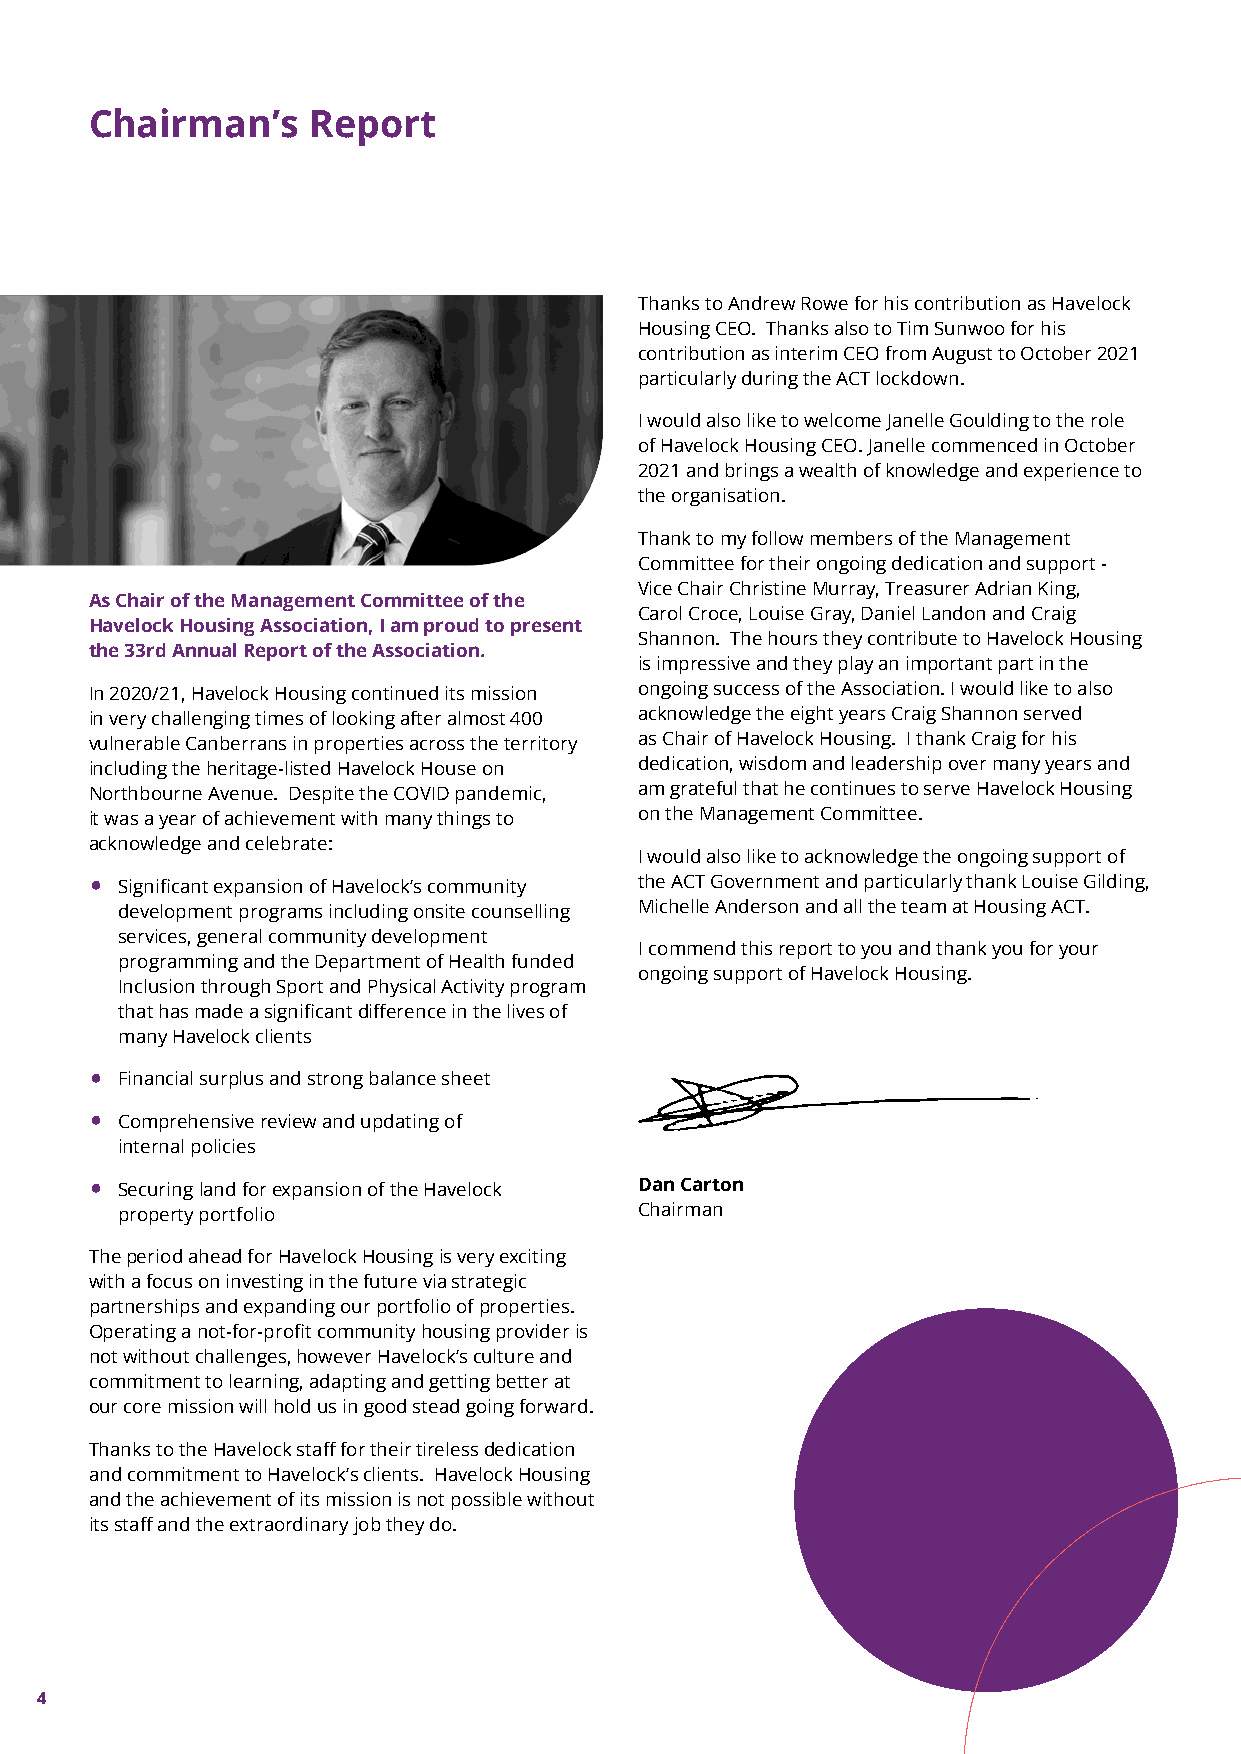
Chairman’s    Report
 Thanks to Andrew Rowe for his contribution as Havelock
 Housing CEO. Thanks also to Tim Sunwoo for his
 contribution as interim CEO from August to October 2021
 particularly during the ACT lockdown.
 I would also like to welcome Janelle Goulding to the role
 of Havelock Housing CEO. Janelle commenced in October
 2021 and brings a wealth of knowledge and experience to
 the organisation.
 Thank to my follow members of the Management
 Committee for their ongoing dedication and support -
 Vice Chair Christine Murray, Treasurer Adrian King,
 As Chair of the Management Committee of the
 Carol Croce, Louise Gray, Daniel Landon and Craig
 Havelock Housing Association, I am proud to present
 Shannon. The hours they contribute to Havelock Housing
 the 33rd Annual Report of the Association.
 is impressive and they play an important part in the
 In 2020/21, Havelock Housing continued its mission ongoing success of the Association. I would like to also
 in very challenging times of looking after almost 400 acknowledge the eight years Craig Shannon served
 vulnerable Canberrans in properties across the territory as Chair of Havelock Housing. I thank Craig for his
 including the heritage-listed Havelock House on dedication, wisdom and leadership over many years and
 Northbourne Avenue. Despite the COVID pandemic, am grateful that he continues to serve Havelock Housing
 it was a year of achievement with many things to on the Management Committee.
 acknowledge and celebrate:
 I would also like to acknowledge the ongoing support of
 • Significant expansion of Havelock’s community the ACT Government and particularly thank Louise Gilding,
 development programs including onsite counselling Michelle Anderson and all the team at Housing ACT.
 services, general community development
 I commend this report to you and thank you for your
 programming and the Department of Health funded
 ongoing support of Havelock Housing.
 Inclusion through Sport and Physical Activity program
 that has made a significant difference in the lives of
 many Havelock clients
 •
 Financial surplus and strong balance sheet
 •
 Comprehensive review and updating of
 internal policies
 • Securing land for expansion of the Havelock Dan Carton
 property portfolio                Chairman
 The period ahead for Havelock Housing is very exciting
 with a focus on investing in the future via strategic
 partnerships and expanding our portfolio of properties.
 Operating a not-for-profit community housing provider is
 not without challenges, however Havelock’s culture and
 commitment to learning, adapting and getting better at
 our core mission will hold us in good stead going forward.
 Thanks to the Havelock staff for their tireless dedication
 and commitment to Havelock’s clients. Havelock Housing
 and the achievement of its mission is not possible without
 its staff and the extraordinary job they do.
 4